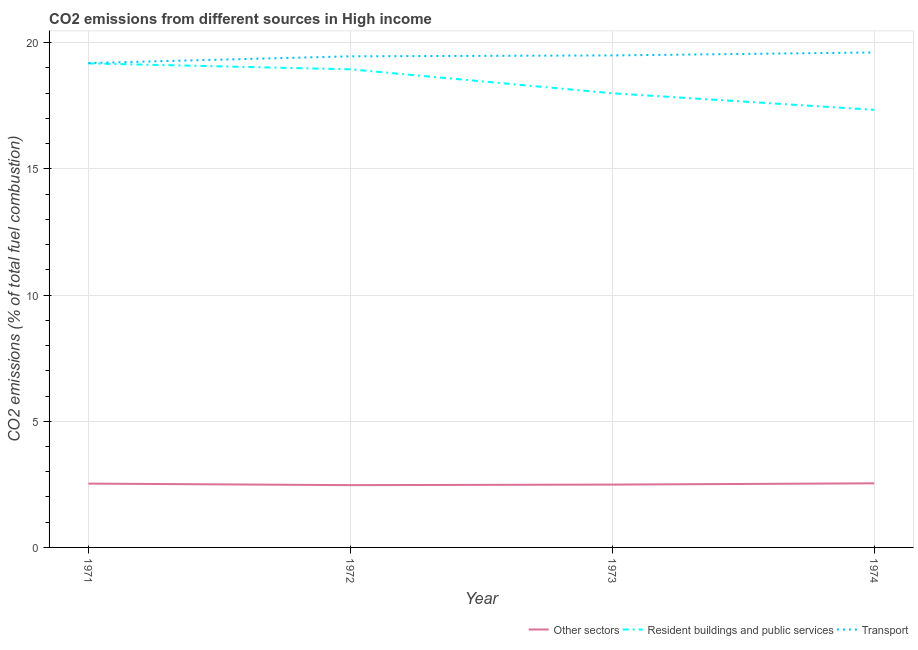
| Year | Other sectors | Resident buildings and public services | Transport |
 | --- | --- | --- | --- |
 | 1971 | 2.53 | 19.2 | 19.2 |
 | 1972 | 2.47 | 18.9 | 19.5 |
 | 1973 | 2.49 | 18 | 19.5 |
 | 1974 | 2.54 | 17.3 | 19.6 |